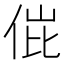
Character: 𬾌